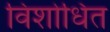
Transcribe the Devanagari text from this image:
विशोधित